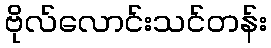
ဗိုလ်လောင်းသင်တန်း